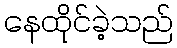
နေထိုင်ခဲ့သည်